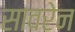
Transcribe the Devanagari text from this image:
सावरेन